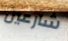
شارعين